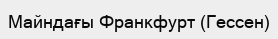
Майндағы Франкфурт (Гессен)